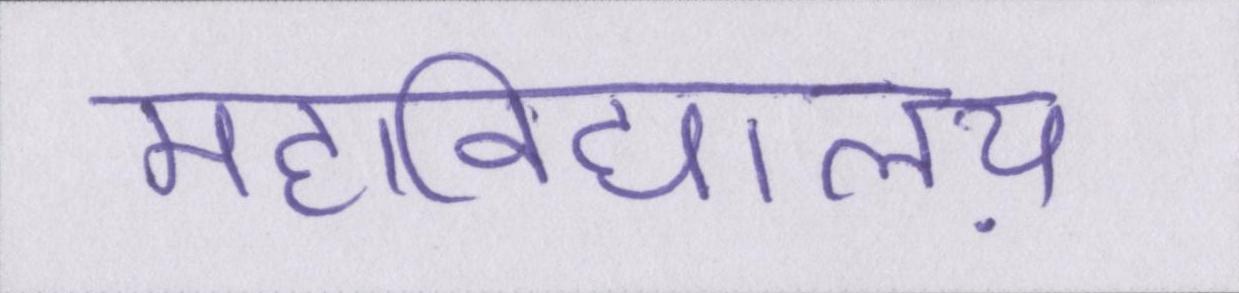
महाविद्यालय़